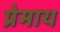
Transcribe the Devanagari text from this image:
प्रेमाय